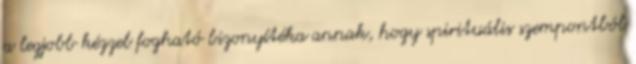
a legjobb kézzel fogható bizonyítéka annak, hogy spirituális szempontból